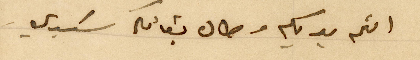
الثم يديكم وطال بقائكم سيدي